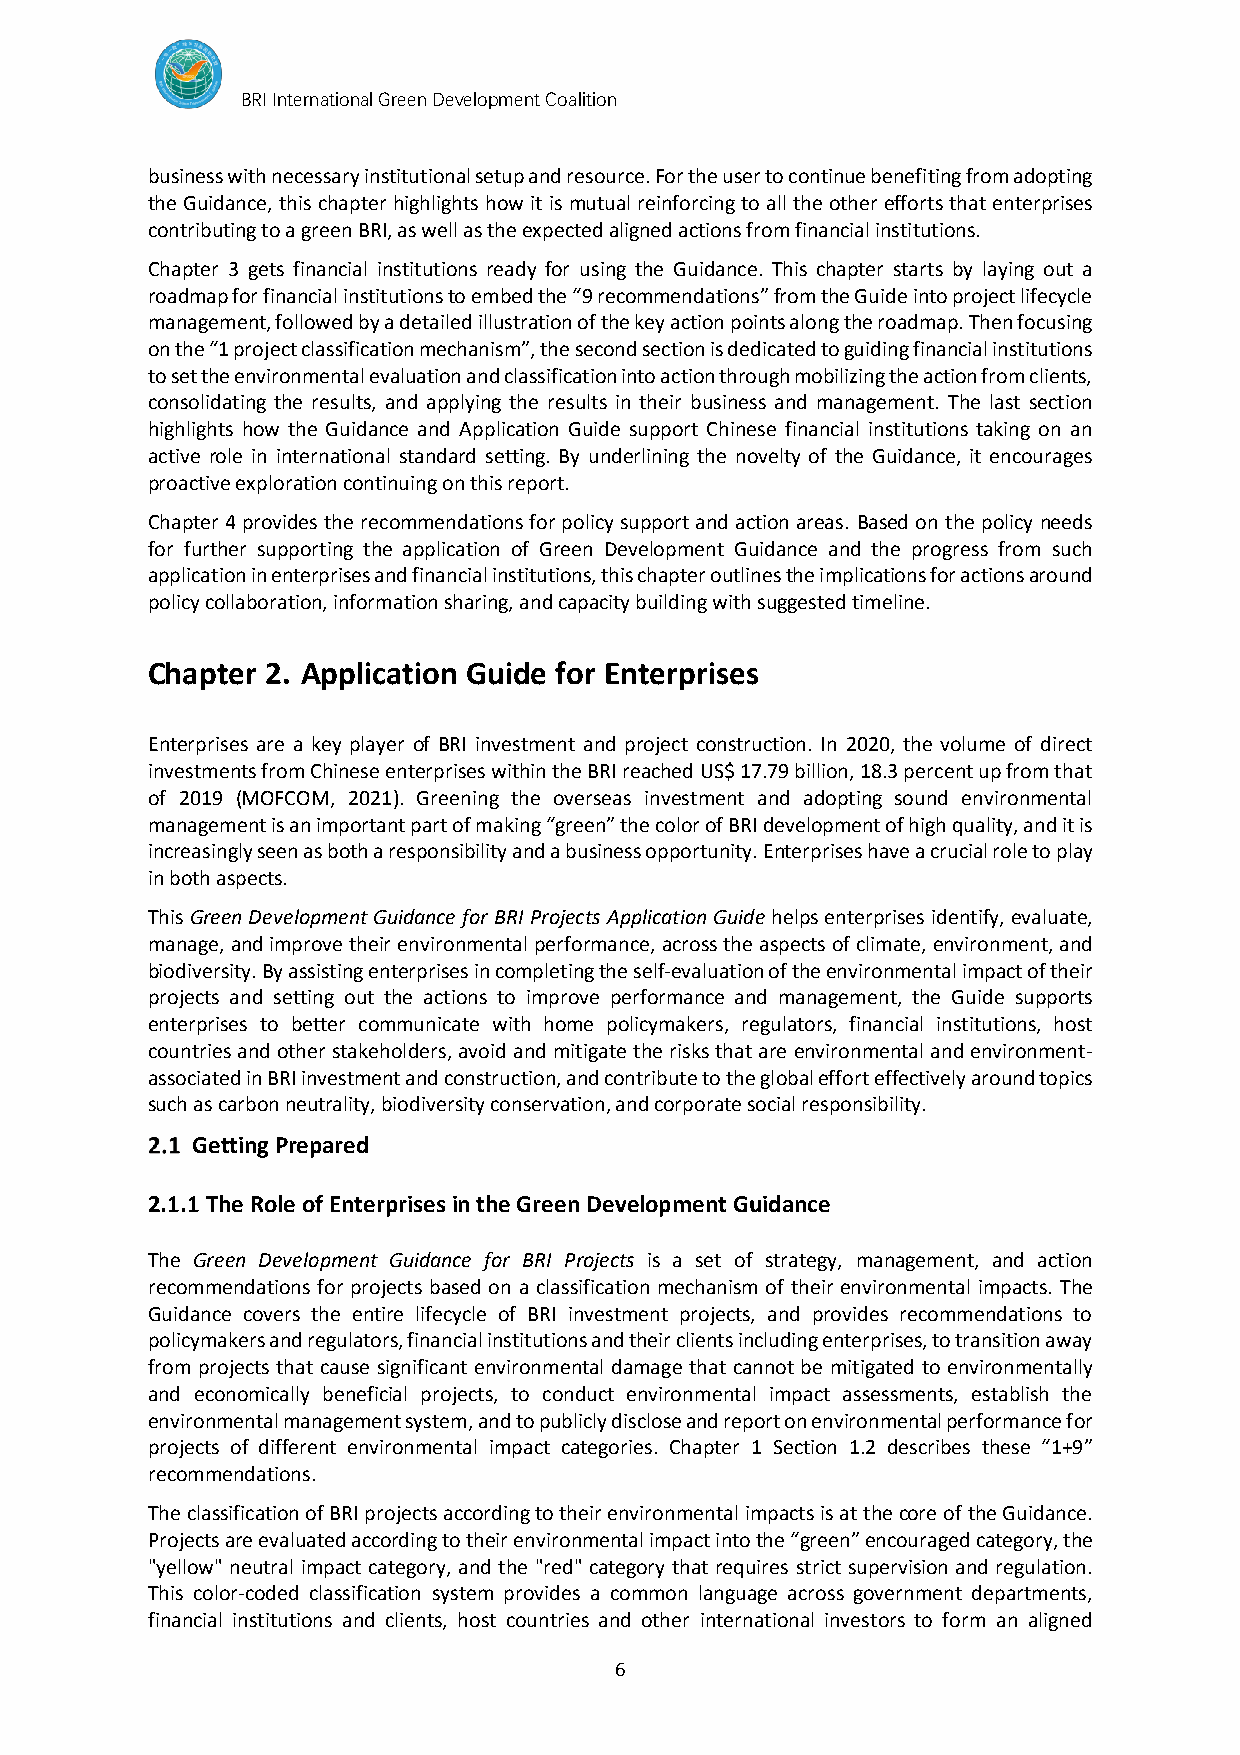
BRI International Green Development Coalition
 business with necessary institutional setup and resource. For the user to continue benefiting from adopting
 the Guidance, this chapter highlights how it is mutual reinforcing to all the other efforts that enterprises
 contributing to a green BRI, as well as the expected aligned actions from financial institutions.
 Chapter 3 gets financial institutions ready for using the Guidance. This chapter starts by laying out a
 roadmap for financial institutions to embed the “9 recommendations” from the Guide into project lifecycle
 management, followed by a detailed illustration of the key action points along the roadmap. Then focusing
 on the “1 project classification mechanism”, the second section is dedicated to guiding financial institutions
 to set the environmental evaluation and classification into action through mobilizing the action from clients,
 consolidating the results, and applying the results in their business and management. The last section
 highlights how the Guidance and Application Guide support Chinese financial institutions taking on an
 active role in international standard setting. By underlining the novelty of the Guidance, it encourages
 proactive exploration continuing on this report.
 Chapter 4 provides the recommendations for policy support and action areas. Based on the policy needs
 for further supporting the application of Green Development Guidance and the progress from such
 application in enterprises and financial institutions, this chapter outlines the implications for actions around
 policy collaboration, information sharing, and capacity building with suggested timeline.
 Chapter 2. Application Guide for Enterprises
 Enterprises are a key player of BRI investment and project construction. In 2020, the volume of direct
 investments from Chinese enterprises within the BRI reached US$ 17.79 billion, 18.3 percent up from that
 of 2019 (MOFCOM, 2021). Greening the overseas investment and adopting sound environmental
 management is an important part of making “green” the color of BRI development of high quality, and it is
 increasingly seen as both a responsibility and a business opportunity. Enterprises have a crucial role to play
 in both aspects.
 This Green Development Guidance for BRI Projects Application Guide helps enterprises identify, evaluate,
 manage, and improve their environmental performance, across the aspects of climate, environment, and
 biodiversity. By assisting enterprises in completing the self-evaluation of the environmental impact of their
 projects and setting out the actions to improve performance and management, the Guide supports
 enterprises to better communicate with home policymakers, regulators, financial institutions, host
 countries and other stakeholders, avoid and mitigate the risks that are environmental and environment-
 associated in BRI investment and construction, and contribute to the global effort effectively around topics
 such as carbon neutrality, biodiversity conservation, and corporate social responsibility.
 Getting Prepared
 2.1.1 The Role of Enterprises in the Green Development Guidance
 The Green Development Guidance for BRI Projects is a set of strategy, management, and action
 recommendations for projects based on a classification mechanism of their environmental impacts. The
 Guidance covers the entire lifecycle of BRI investment projects, and provides recommendations to
 policymakers and regulators, financial institutions and their clients including enterprises, to transition away
 from projects that cause significant environmental damage that cannot be mitigated to environmentally
 and economically beneficial projects, to conduct environmental impact assessments, establish the
 environmental management system, and to publicly disclose and report on environmental performance for
 projects of different environmental impact categories. Chapter 1 Section 1.2 describes these “1+9”
 recommendations.
 The classification of BRI projects according to their environmental impacts is at the core of the Guidance.
 Projects are evaluated according to their environmental impact into the “green” encouraged category, the
 "yellow" neutral impact category, and the "red" category that requires strict supervision and regulation.
 This color-coded classification system provides a common language across government departments,
 financial institutions and clients, host countries and other international investors to form an aligned
 6